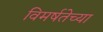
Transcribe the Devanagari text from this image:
विमर्षतेच्या